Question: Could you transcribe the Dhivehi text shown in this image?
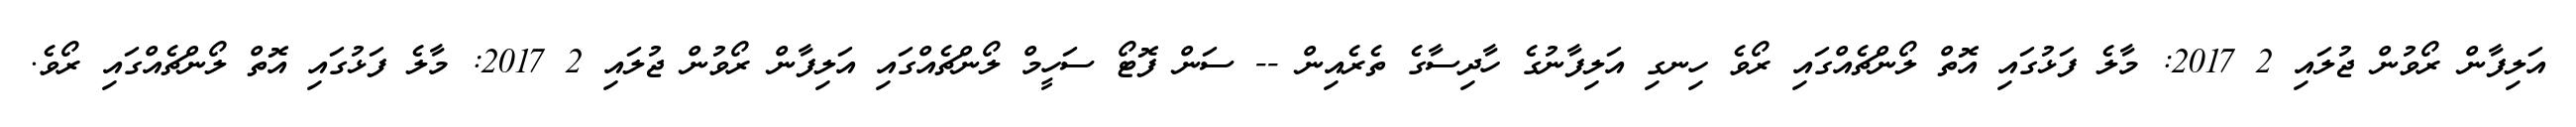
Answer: އަލިފާން ރޯވުން ޖުލައި 2 2017: މާލެ ފަޅުގައި އޮތް ލޯންޗެއްގައި ރޯވެ ހިނގި އަލިފާނުގެ ހާދިސާގެ ތެރެއިން -- ސަން ފޮޓޯ ސަހީމް ލޯންޗެއްގައި އަލިފާން ރޯވުން ޖުލައި 2 2017: މާލެ ފަޅުގައި އޮތް ލޯންޗެއްގައި ރޯވެ.